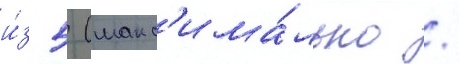
и́з 5 (макс'има́льно /